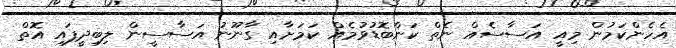
އެހެންކަމުން މިއީ އަސާސެއް ނެތް ކަންބޮޑުވުމެއް ކަމަށާއި ގާނޫނު އަސާސީން ލިބިދީފައި އޮތް